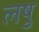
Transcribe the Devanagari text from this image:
लषु